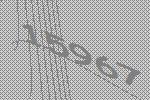
15967